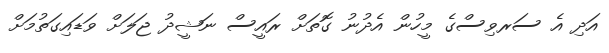
އަދި އެ ސަރވިސްގެ މީހުން އެދުނު ގޮތަށް ރައީސް ނަޝީދު ޖަލަށް ވަޑައިގަތުމަށް